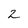
Character: 2